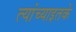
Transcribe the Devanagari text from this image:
त्यांच्याइतके